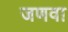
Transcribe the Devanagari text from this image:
जणवा